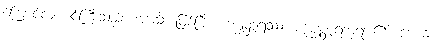
ကြောင်လျာပင်ကြီးသည်။ အာသိ၊ ဖြစ်ပြီ။ ပဒုမ္မုတ္တရဿ၊ ပဒုမ္မုတ္တရဘုရား၏။ ဗောဓိ၊